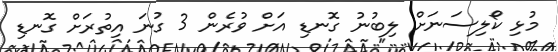
މުޅި ކޯލިސަނަށް ލިބުނު ގޮނޑި އަށް ވުރެން 3 ގުނަ އިތުރަށް ގޮނޑި